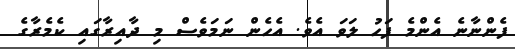
ފެންނާނެ އެންމެ ފަހު ލަވަ އެވެ. އެހެން ނަމަވެސް މި ދާއިރާގައި ކެމެރާގެ